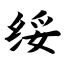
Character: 绥